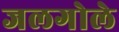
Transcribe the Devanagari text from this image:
जलगोले